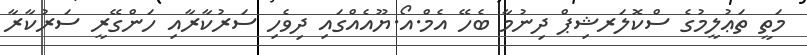
މަތީ ތަޢުލީމުގެ ސްކޮލަރޝިޕް ދިނުމާ ބެހޭ އެމް.އޯ.ޔޫއެއްގައި ދިވެހި ސަރުކާރާއި ހަންގޭރީ ސަރުކާރާ